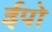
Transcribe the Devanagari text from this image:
ईपो